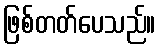
ဖြစ်တတ်ပေသည်။